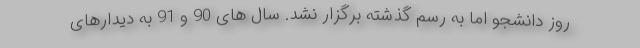
روز دانشجو اما به رسم گذشته برگزار نشد. سال های 90 و 91 به دیدارهای